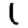
Digit: 1